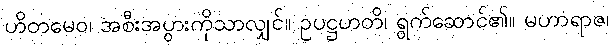
ဟိတမေဝ၊ အစီးအပွားကိုသာလျှင်။ ဥပဋ္ဌဟတိ၊ ရွက်ဆောင်၏။ မဟာရာဇ၊